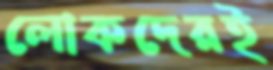
লোকদেরই